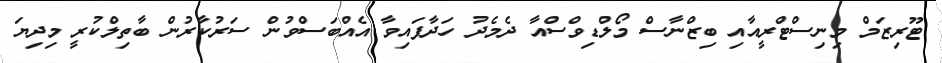
ޓޫރިޒަމް މިނިސްޓްރީއާއި ބިޒްނާސް މޯލްޑިވްސްއާ ދެމެދު ހަދާފައިވާ އެއްބަސްވުން ސަރުކާރުން ބާތިލްކުރީ މިދިޔަ